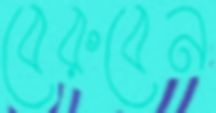
বেরুবেন